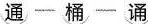
通-桶-诵